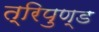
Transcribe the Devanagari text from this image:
त्रिपुण्ड